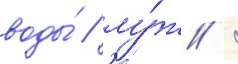
воды́ / лу́ж /